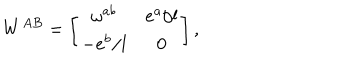
W ^ { A B } = \left[ \begin{array} { c c } { { \omega ^ { a b } } } & { { e ^ { a } / l } } \\ { { - e ^ { b } / l } } & { { 0 } } \\ \end{array} \right] ,